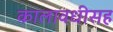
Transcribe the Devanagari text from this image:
कालावधीसह